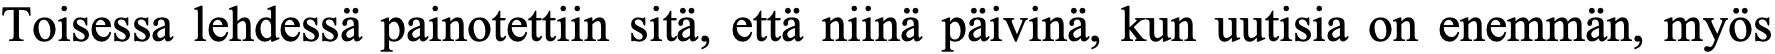
Toisessa lehdessä painotettiin sitä, että niinä päivinä, kun uutisia on enemmän, myös